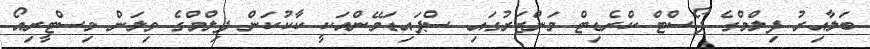
ބަލާއިރު ފިލްމްގެ ޕޯސްޓް ކްރެޑިޓް މަންޒަރުގައި ސްޕައިޑަމޭންއަކީ ކާކުކަން ފިލްމްގެ ވިލަން މިސްޓީރިއޯ